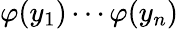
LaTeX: \varphi(y_{1})\cdots\varphi(y_{n})